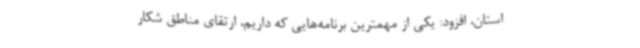
استان، افزود: یکی از مهمترین برنامه‌هایی که داریم، ارتقای مناطق شکار